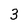
Character: 3